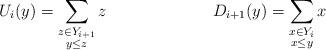
LaTeX: \begin{align*}&U_i(y) = \sum_{\substack{z \in Y_{i+1} \\ y \leq z}} z &D_{i+1}(y) = \sum_{\substack{x \in Y_{i} \\ x \leq y}} x \end{align*}